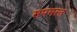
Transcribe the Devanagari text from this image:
सपमस्त